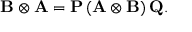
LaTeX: \mathbf { B } \otimes \mathbf { A } = \mathbf { P } \, ( \mathbf { A } \otimes \mathbf { B } ) \, \mathbf { Q } .